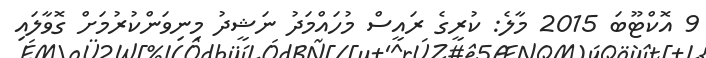
9 އޮކްޓޫބަ 2015 މާލެ: ކުރީގެ ރައީސް މުހައްމަދު ނަޝީދު މިނިވަންކުރުމަށް ގޮވާލައި